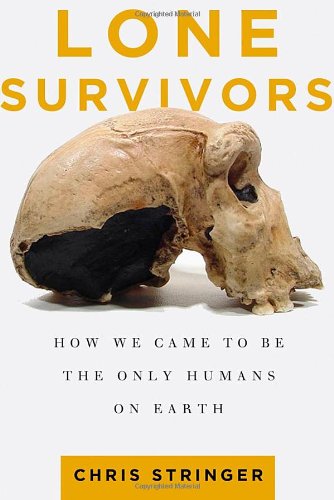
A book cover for Lone Survivors: How We Came to Be the Only Humans on Earth; Chris Stringer; Politics & Social Sciences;